Indian Civil Veterinary Department memoirs
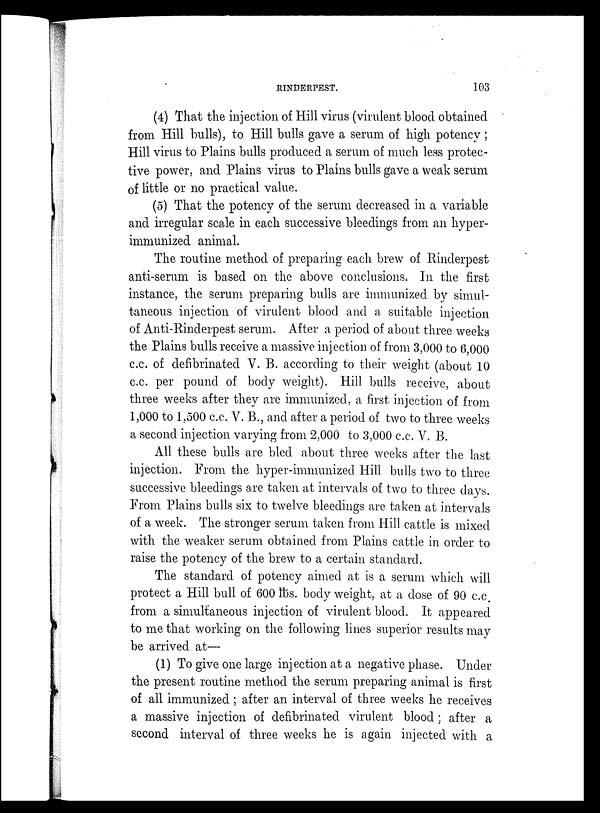
RINDERPEST.
103
(4) That the injection of Hill virus (virulent blood obtained
from Hill bulls), to Hill bulls gave a serum of high potency;
Hill virus to Plains bulls produced a serum of much less protec-
tive power, and Plains virus to Plains bulls gave a weak serum
of little or no practical value.
(5) That the potency of the serum decreased in a variable
and irregular scale in each successive bleedings from an hyper-
immunized animal.
The routine method of preparing each brew of Rinderpest
anti-serum is based on the above conclusions. In the first
instance, the serum preparing bulls are immunized by simul-
taneous injection of virulent blood and a suitable injection
of Anti-Rinderpest serum. After a period of about three weeks
the Plains bulls receive a massive injection of from 3,000 to 6,000
c.c. of defibrinated V. B. according to their weight (about 10
c.c. per pound of body weight). Hill bulls receive, about
three weeks after they are immunized, a first injection of from
1,000 to 1,500 c.c. V. B., and after a period of two to three weeks
a second injection varying from 2,000 to 3,000 c.c. V. B.
All these bulls are bled about three weeks after the last
injection. From the hyper-immunized Hill bulls two to three
successive bleedings are taken at intervals of two to three days.
From Plains bulls six to twelve bleedings are taken at intervals
of a week. The stronger serum taken from Hill cattle is mixed
with the weaker serum obtained from Plains cattle in order to
raise the potency of the brew to a certain standard.
The standard of potency aimed at is a serum which will
protect a Hill bull of 600 lbs. body weight, at a dose of 90 c.c.
from a simultaneous injection of virulent blood. It appeared
to me that working on the following lines superior results may
be arrived at—
(1) To give one large injection at a negative phase. Under
the present routine method the serum preparing animal is first
of all immunized ; after an interval of three weeks he receives
a massive injection of defibrinated virulent blood; after a
second interval of three weeks he is again injected with a